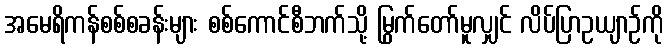
အမေရိကန်စစ်စခန်းများ စစ်ကောင်စီဘက်သို့ မြွက်တော်မူလျှင် လိပ်ပြာဥယျာဉ်ကို